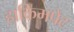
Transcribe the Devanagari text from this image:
हाकिमपेट